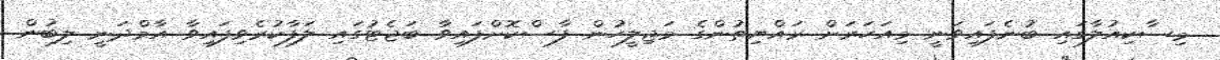
މިސާކިއުލާގައި ބުނެފައިވަނީ މިއަހަރަށް ރައްޔިތުންގެ މަޖިލީހުން ފާސްކޮށްފައިވާ ބަޖެޓުގައި ލަފާކުރެވިފައިވާ އާމްދަނީ ލިބުން